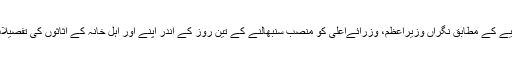
الیکشن کمیشن کی جانب سے جاری اعلامیے کے مطابق نگراں وزیراعظم، وزرائےاعلیٰ کو منصب سنبھالنے کے تین روز کے اندر اپنے اور اہل خانہ کے اثاثوں کی تفصیلات ای سی پی میں جمع کرانا لازمی ہوگی۔